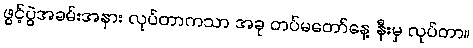
ဖွင့်ပွဲအခမ်းအနား လုပ်တာကသာ အခု တပ်မတော်နေ့ နီးမှ လုပ်တာ။